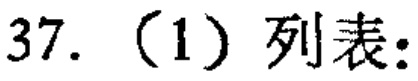
37.（1）列表：